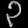
Digit: ၃